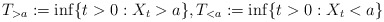
\begin{align*}T_{>a}:=\inf\{t>0: X_t>a\},T_{<a}:=\inf\{t>0:X_t<a\}\end{align*}